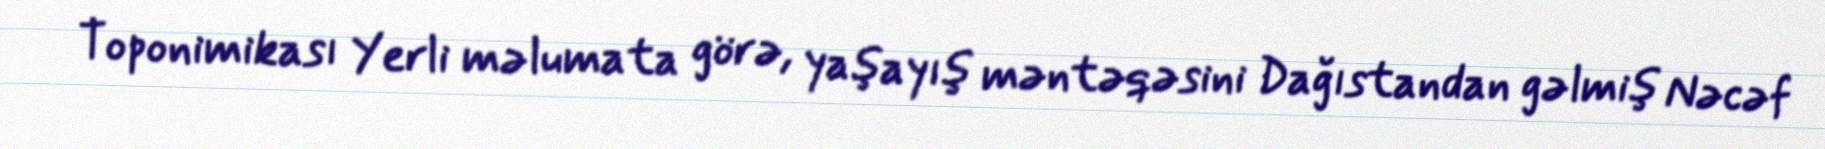
Toponimikası Yerli məlumata görə, yaşayış məntəqəsini Dağıstandan gəlmiş Nəcəf